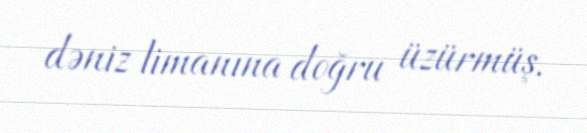
dəniz limanına doğru üzürmüş.